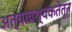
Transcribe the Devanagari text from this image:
अत्यावश्यकतेतून